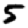
Digit: 5